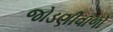
જોડણીવાળો